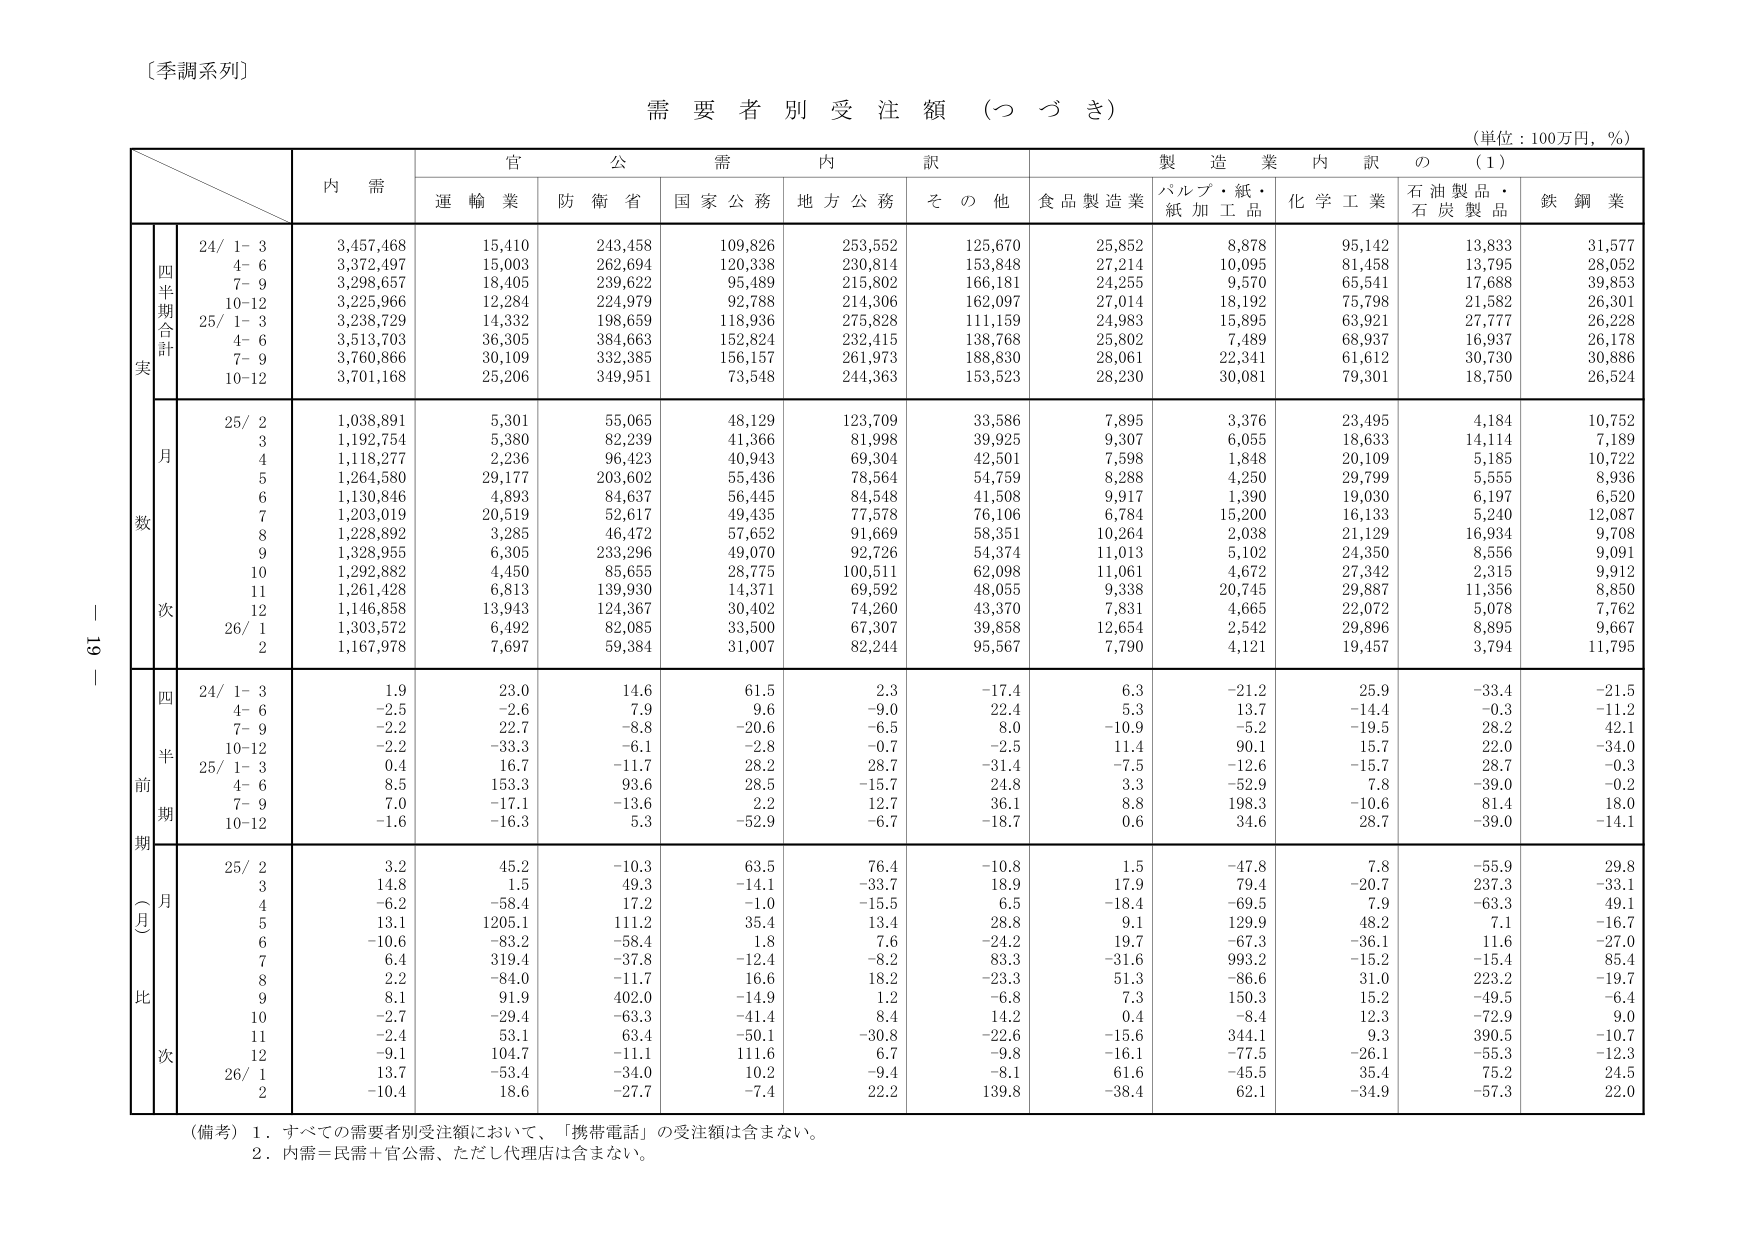
〔季調系列〕

需要者別受注額（つづき）

（単位：100万円，％）